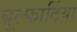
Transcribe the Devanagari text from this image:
बूल्फार्टिया